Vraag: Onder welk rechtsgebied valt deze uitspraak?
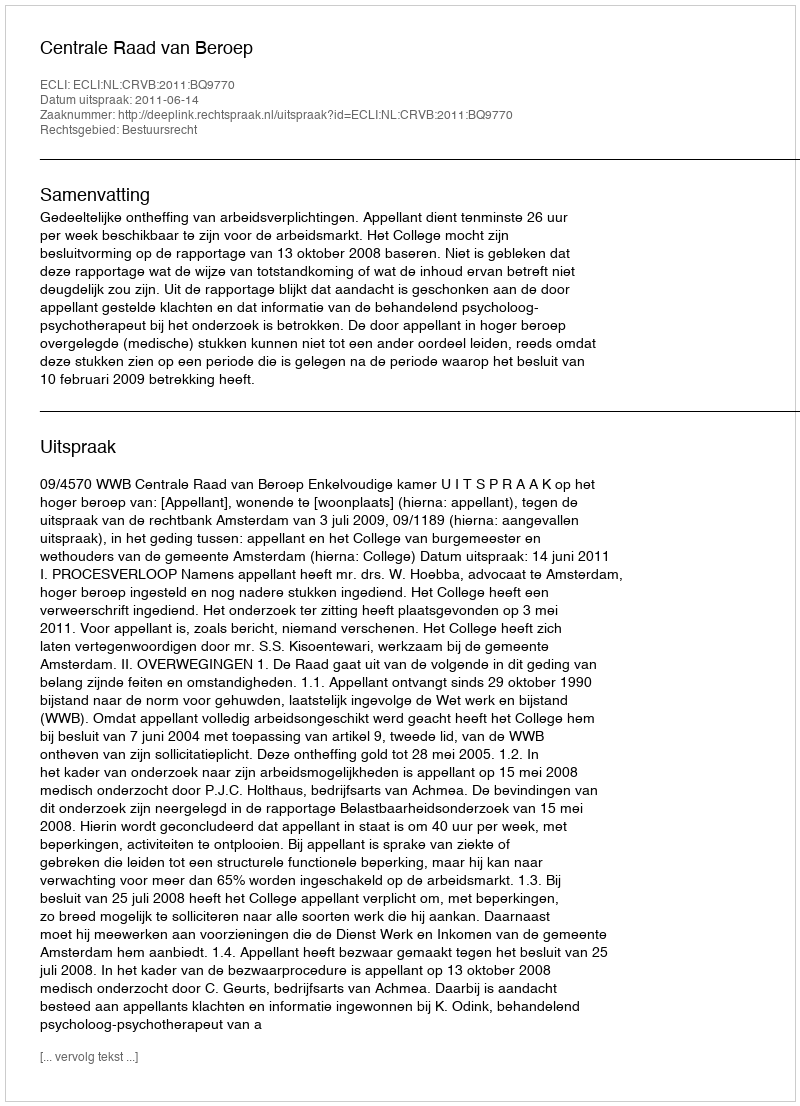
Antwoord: Bestuursrecht